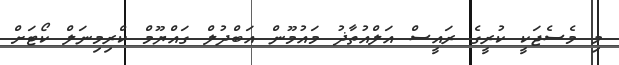
މި މެސެޖަކީ ކުރީގެ ރައީސް އަލްއުތާޛު މައުމޫން އަބްދުލް ގައްޔޫމް ކްރިމިނަލް ކޯޓަށް